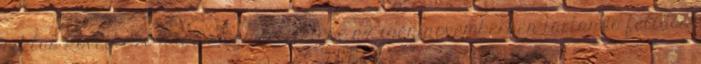
ciklus következő nagy megmérettetése az idén novemberben tartandó félidős